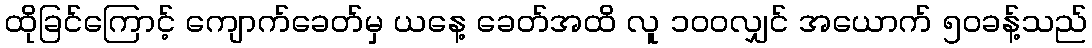
ထိုခြင်ကြောင့် ကျောက်ခေတ်မှ ယနေ့ ခေတ်အထိ လူ ၁၀၀လျှင် အယောက် ၅၀ခန့်သည်